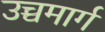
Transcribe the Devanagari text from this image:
उच्चमार्ग